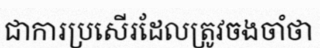
ជាការប្រសើរដែលត្រូវចងចាំថា